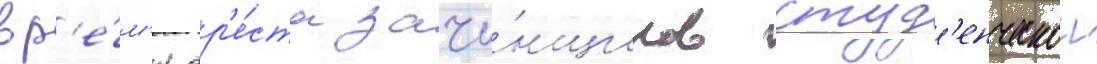
вр'е́м'я ар'е́ста зачи́нщиков студ'енческои